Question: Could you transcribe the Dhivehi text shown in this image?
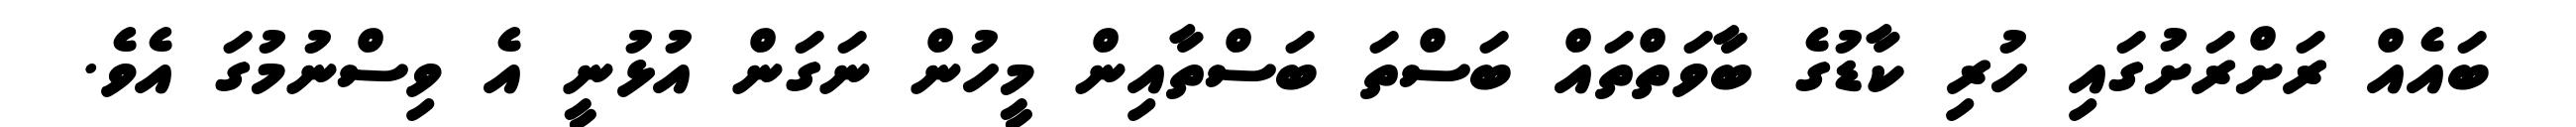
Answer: ބައެއް ރަށްރަށުގައި ހުރި ކާޑުގެ ބާވަތްތައް ބަސްތަ ބަސްތާއިން މީހުން ނަގަން އުޅުނީ އެ ވިސްނުމުގަ އެވެ.